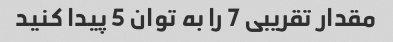
مقدار تقریبی 7 را به توان 5 پیدا کنید